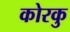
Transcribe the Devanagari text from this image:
कोरकु